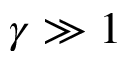
\gamma \gg 1